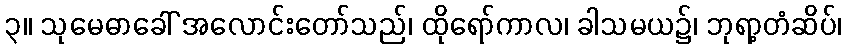
၃။ သုမေဓာခေါ် အလောင်းတော်သည်၊ ထိုရော်ကာလ၊ ခါသမယ၌၊ ဘုရာ့တံဆိပ်၊